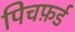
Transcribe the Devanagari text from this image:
पिचफ़र्ड